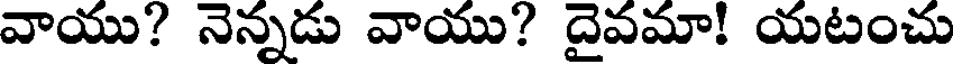
వాయు? నెన్నడు వాయు? దైవమా! యటంచు